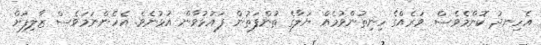
އެހިނދު ކޮންމެވެސް ވަރެއްގެ ހިނިތުންވުމެއް ޔަލާގެ ތުންފަތުން ފައުޅުވާން އުޅުނެވެ. އެހެންނަމަވެސް ޒާލިފަށް